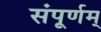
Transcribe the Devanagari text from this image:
संपूर्णम्‌